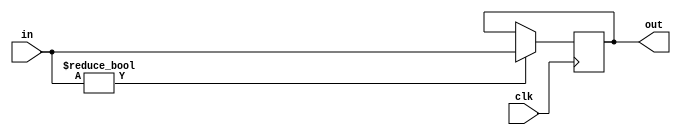
`timescale 1ns / 1ps

module programCounter(in, clk, out);

input [31:0] in;
input clk;
output reg [31:0] out;

initial
begin
out = 0;
end

always@(negedge clk)
    begin
    #0.5
        //out = out + 1;
    if (in != 0)
        out = in;
    end

endmodule